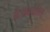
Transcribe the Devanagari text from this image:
नैषधचरित्‌